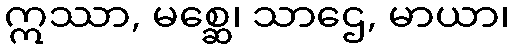
ဣဿာ, မစ္ဆေ၊ သာဌေ, မာယာ၊